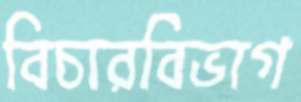
বিচারবিভাগ